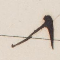
٨